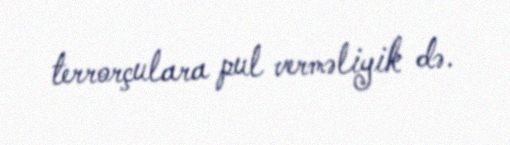
terrorçulara pul verməliyik də.